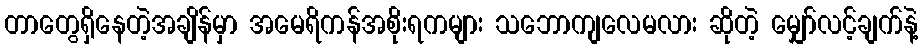
တာတွေရှိနေတဲ့အချိန်မှာ အမေရိကန်အစိုးရကများ သဘောကျလေမလား ဆိုတဲ့ မျှော်လင့်ချက်နဲ့